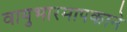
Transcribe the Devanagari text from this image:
वायुभारमापकाने